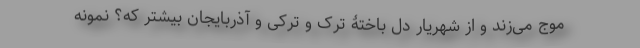
موج می‌زند و از شهریار دل باختۀ ترک و ترکی و آذربایجان بیشتر که؟ نمونه